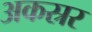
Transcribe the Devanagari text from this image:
अकस्रर